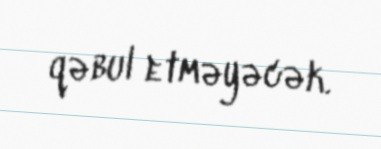
qəbul etməyəcək.